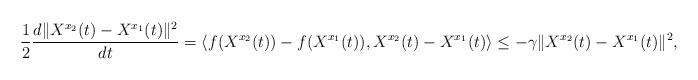
LaTeX: \begin{align*}\frac{1}{2}\frac{d\|X^{x_2}(t)-X^{x_1}(t)\|^2}{dt}=\langle f(X^{x_2}(t))-f(X^{x_1}(t)),X^{x_2}(t)-X^{x_1}(t)\rangle\le -\gamma\|X^{x_2}(t)-X^{x_1}(t)\|^2,\end{align*}